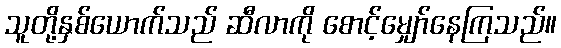
သူတို့နှစ်ယောက်သည် ဆီလာကို စောင့်မျှော်နေကြသည်။